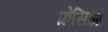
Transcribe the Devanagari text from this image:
फ्रेसिआ